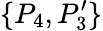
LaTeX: \{ P_{4},P_{3}^{\prime}\}